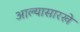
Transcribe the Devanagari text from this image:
आल्‍यासारखे